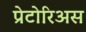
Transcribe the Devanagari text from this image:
प्रेटोरिअस